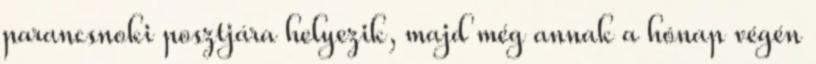
parancsnoki posztjára helyezik, majd még annak a hónap végén